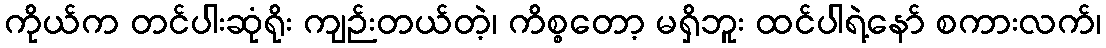
ကိုယ်က တင်ပါးဆုံရိုး ကျဉ်းတယ်တဲ့၊ ကိစ္စတော့ မရှိဘူး ထင်ပါရဲ့နော် စကားလက်၊